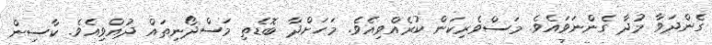
ގެންދަވާ މުދާ ގެންނަވައެވެ. މަސްވެރިކަން ކުރެއްވިއެވެ. މަހަށްދާ ބޮޑެތި މަސްދޯނިތައް ދުއްވިއެވެ. ކާސިން